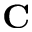
\mathbf { C }